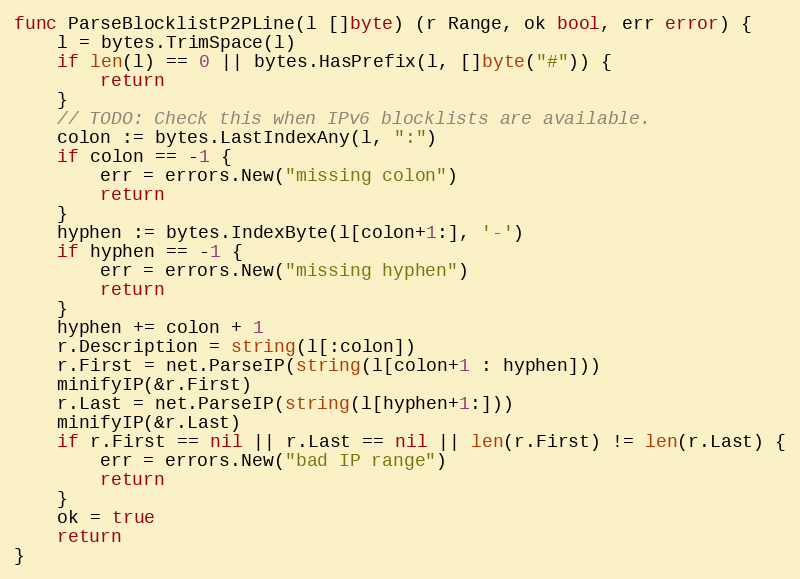
Language: Go
func ParseBlocklistP2PLine(l []byte) (r Range, ok bool, err error) {
	l = bytes.TrimSpace(l)
	if len(l) == 0 || bytes.HasPrefix(l, []byte("#")) {
		return
	}
	// TODO: Check this when IPv6 blocklists are available.
	colon := bytes.LastIndexAny(l, ":")
	if colon == -1 {
		err = errors.New("missing colon")
		return
	}
	hyphen := bytes.IndexByte(l[colon+1:], '-')
	if hyphen == -1 {
		err = errors.New("missing hyphen")
		return
	}
	hyphen += colon + 1
	r.Description = string(l[:colon])
	r.First = net.ParseIP(string(l[colon+1 : hyphen]))
	minifyIP(&r.First)
	r.Last = net.ParseIP(string(l[hyphen+1:]))
	minifyIP(&r.Last)
	if r.First == nil || r.Last == nil || len(r.First) != len(r.Last) {
		err = errors.New("bad IP range")
		return
	}
	ok = true
	return
}